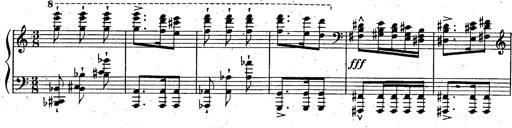
Title: God Save the Queen
Composer: Charles LÃ©on Hess
Key: A major